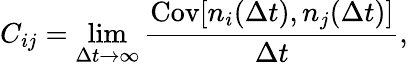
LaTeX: C_{ij}=\operatorname*{lim}_{\Delta t\to\infty}\frac{\mathrm{Cov}[n_{i}(\Delta t),n_{j}(\Delta t)]}{\Delta t},